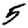
Digit: 5